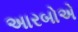
અારબોએ